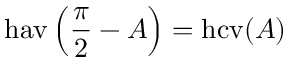
\operatorname { h a v } \left( { \frac { \pi } { 2 } } - A \right) = \operatorname { h c v } ( A )